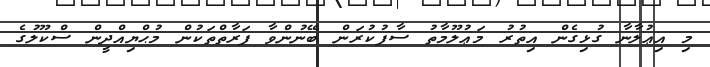
މި އިޢުލާނާ ގުޅިގެން އިތުރު މަޢުލޫމާތު ސާފުކުރަން ބޭނުންވާ ފަރާތްތަކުން މުޙްޔިއްދީން ސްކޫލުގެ